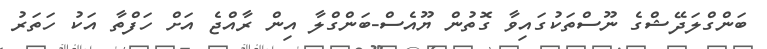
ބަންގްލަދޭޝްގެ ނޫސްތަކުގައިވާ ގޮތުން ޔޫއެސް-ބަންގްލާ އިން ރާއްޖެ އަށް ހަފްތާ އަކު ހަތަރު